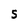
Character: S